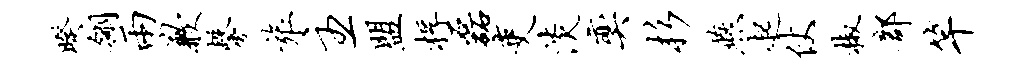
暌翎两歉馨旅主盟桴磊吏淡奕杉燕起仗椒部竿